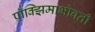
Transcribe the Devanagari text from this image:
प्रॉक्झिमाभोवती